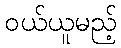
ဝယ်ယူမည့်